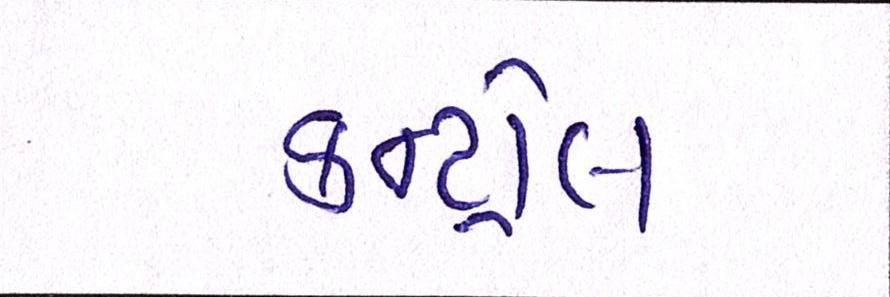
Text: કન્ટ્રોલ